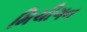
મિચીગન